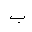
Letter: _ba